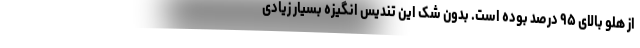
از هلو بالای ۹۵ درصد بوده است. بدون شک این تندیس‌ انگیزه بسیار زیادی